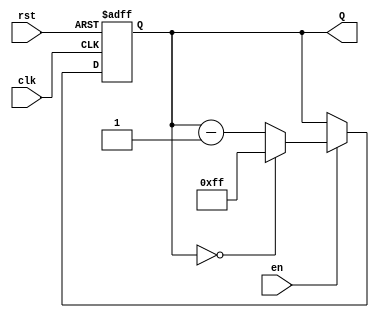
module binary_down_counter (
    input wire clk,      // Clock input
    input wire rst,      // Asynchronous reset
    input wire en,       // Enable signal
    output reg [n-1:0] Q // n-bit output count
);
    parameter n = 8; // Define the number of bits for the counter
    parameter MAX_COUNT = 2**n - 1; // Maximum count value (e.g., 255 for an 8-bit counter)

    // Asynchronous reset and counting logic
    always @(posedge clk or posedge rst) begin
        if (rst) begin
            Q <= MAX_COUNT; // Reset to maximum count value
        end else if (en) begin
            if (Q == 0) begin
                Q <= MAX_COUNT; // Wrap around to maximum count
            end else begin
                Q <= Q - 1; // Decrement the count
            end
        end
    end
endmodule